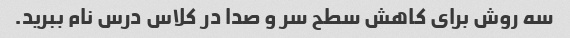
سه روش برای کاهش سطح سر و صدا در کلاس درس نام ببرید.